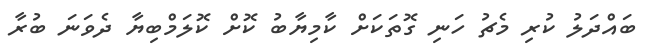
ބައްދަލު ކުރި މެޗު ހަނި ގޮތަކަށް ކާމިޔާބު ކޮށް ކޮލަމްބިޔާ ދެވަނަ ބުރާ